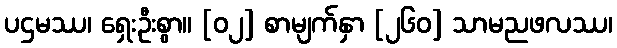
ပဌမဿ၊ ရှေးဦးစွာ။ [၀၂] စာမျက်နှာ [၂၆၀] သာမညဖလဿ၊